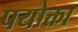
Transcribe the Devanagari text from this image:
पयोक्ता